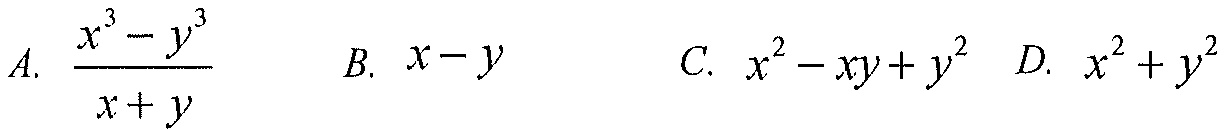
A. \(\dfrac{x^{3}-y^{3}}{x + y}\)  B. \(x - y\)  C. \(x^{2}-xy + y^{2}\)  D. \(x^{2}+y^{2}\)